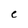
Character: C